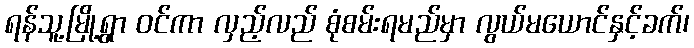
ရန်သူ့မြို့ရွာ ဝင်ကာ လှည့်လည် စုံစမ်းရမည်မှာ လွယ်မယောင်နှင့်ခက်၊